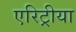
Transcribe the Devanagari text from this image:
एरिट्रीया